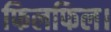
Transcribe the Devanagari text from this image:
फिलफिल।